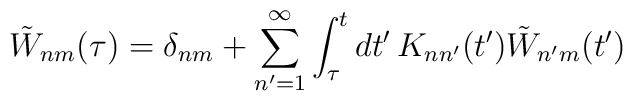
\tilde{W}_{nm}(\tau) = \delta_{nm} + \sum^\infty_{n'=1} \int_{\tau}^t dt' \,K_{nn'}(t') \tilde{W}_{n'm}(t')